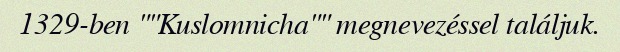
1329-ben ""Kuslomnicha"" megnevezéssel találjuk.